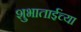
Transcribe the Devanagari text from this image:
शुभाताईंच्या